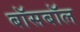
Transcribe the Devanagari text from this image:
बॉसबॉल